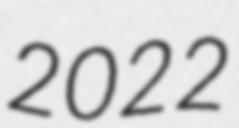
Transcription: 2022